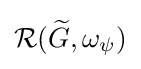
{\mathcal {R}}({\widetilde {G}},\omega _{\psi })